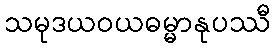
သမုဒယဝယဓမ္မာနုပဿီ